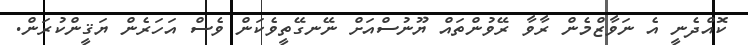
ކޮއްދެނީ އެ ނަވާޒްމެން ރާވާ ރޭވުންތައް ޔޫނުސްއަށް ނޭނގޭތީވެކަން ވެސް އަހަރެން ޔަޤީންކުރަން.